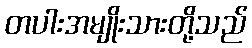
တပါးအမျိုးသားတို့သည်